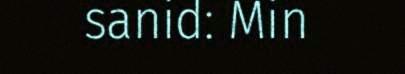
sanid: Min